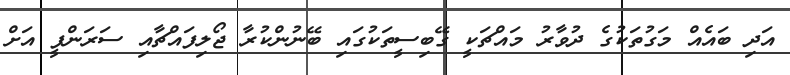
އަދި ބައެއް މަގުތަކުގެ ދުވާރު މައްޗަކީ ގޭބިސީތަކުގައި ބޭނުންކުރާ ޖޯލިފައްޗާއި ސަރަންފީ އަށް